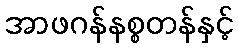
အာဖဂန်နစ္စတန်နှင့်